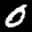
Label: 0